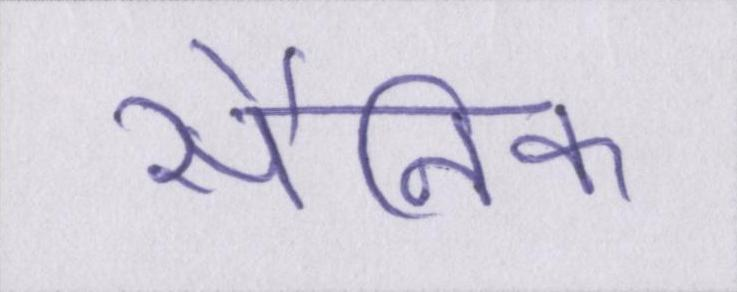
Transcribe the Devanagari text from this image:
सैनिक